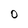
Character: O